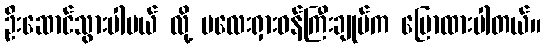
ဦးဆောင်သွားပါမယ် လို့ မလေးရှားဝန်ကြီးချုပ်က ပြောထားပါတယ်။